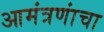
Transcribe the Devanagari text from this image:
आमंत्रणांचा